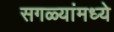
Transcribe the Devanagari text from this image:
सगळ्यांमध्ये